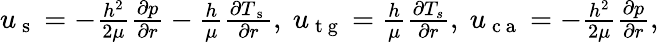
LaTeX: \begin{array}{r}{u_{\mathrm{~s~}}=-\frac{h^{2}}{2\mu}\frac{\partial p}{\partial r}-\frac{h}{\mu}\frac{\partial T_{\mathrm{~s~}}}{\partial r},\ u_{\mathrm{~t~g~}}=\frac{h}{\mu}\frac{\partial T_{s}}{\partial r},\ u_{\mathrm{~c~a~}}=-\frac{h^{2}}{2\mu}\frac{\partial p}{\partial r},}\end{array}